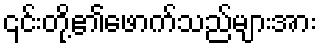
၎င်းတို့၏ဖောက်သည်များအား